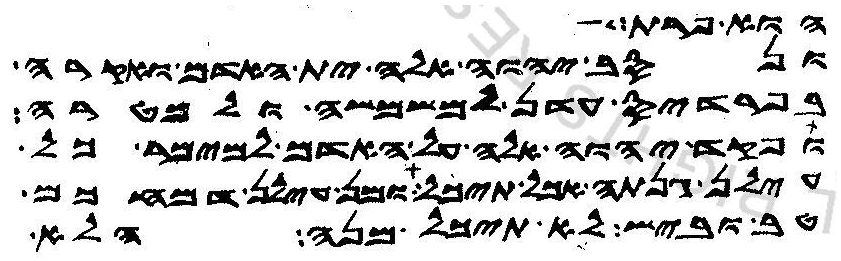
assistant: הוא פרת
ונסב יהוה אלה ית האדם ואקרה
בפרדיס עדן למשמשה ולמטרה
ופקד יהוה אלה על האדם למימר כל
עילן גנתה אכל תיכל ומן עילן דמחכם
טב וביש לא תיכל מנה הלא